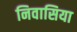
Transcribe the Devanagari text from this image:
निवासिया